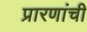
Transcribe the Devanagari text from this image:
प्रारणांची